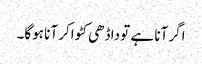
اگر آنا ہے تو داڈھی کٹواکر آنا ہوگا۔